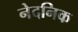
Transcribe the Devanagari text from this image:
नेदनिक